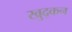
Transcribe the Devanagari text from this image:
खुद्कन